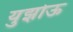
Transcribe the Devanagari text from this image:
युझोऊ